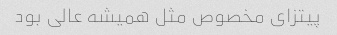
پیتزای مخصوص مثل همیشه عالی بود